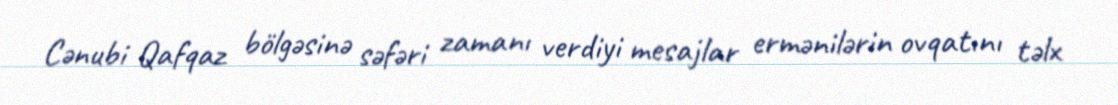
Cənubi Qafqaz bölgəsinə səfəri zamanı verdiyi mesajlar ermənilərin ovqatını təlx